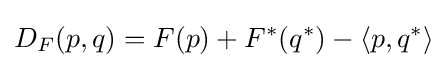
D_{F}(p,q)=F(p)+F^{*}(q^{*})-\langle p,q^{*}\rangle